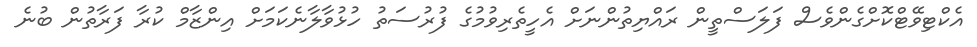
އެކްޓިވޭޓްކޮށްގެންވެސް ފަލަސްތީން ރައްޔިތުންނަށް އެހީތެރިވުމުގެ ފުރުސަތު ހުޅުވާލާނެކަމަށް އިންޒާމް ކުރާ ފަރާތުން ބުނެ